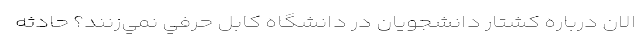
الان درباره كشتار دانشجويان در دانشگاه كابل حرفي نمي‌زنند؟ حادثه